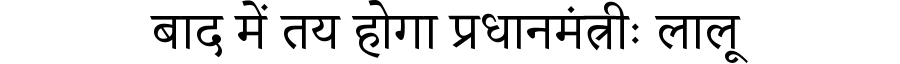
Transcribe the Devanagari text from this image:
बाद में तय होगा प्रधानमंत्रीः लालू